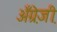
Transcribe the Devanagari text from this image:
अँग्रे़जी़